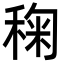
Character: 𮃌